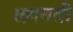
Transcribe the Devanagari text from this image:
लगतती